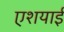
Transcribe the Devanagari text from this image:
एशयाई